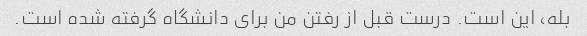
بله، این است. درست قبل از رفتن من برای دانشگاه گرفته شده است.